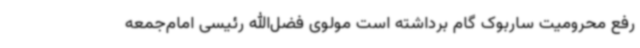
رفع محرومیت ساربوک گام برداشته است مولوی فضل‌الله رئیسی امام‌جمعه